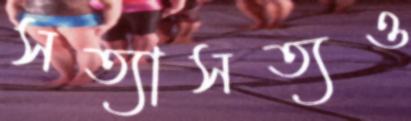
সত্যাসত্যও